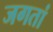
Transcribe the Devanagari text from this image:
जगतां